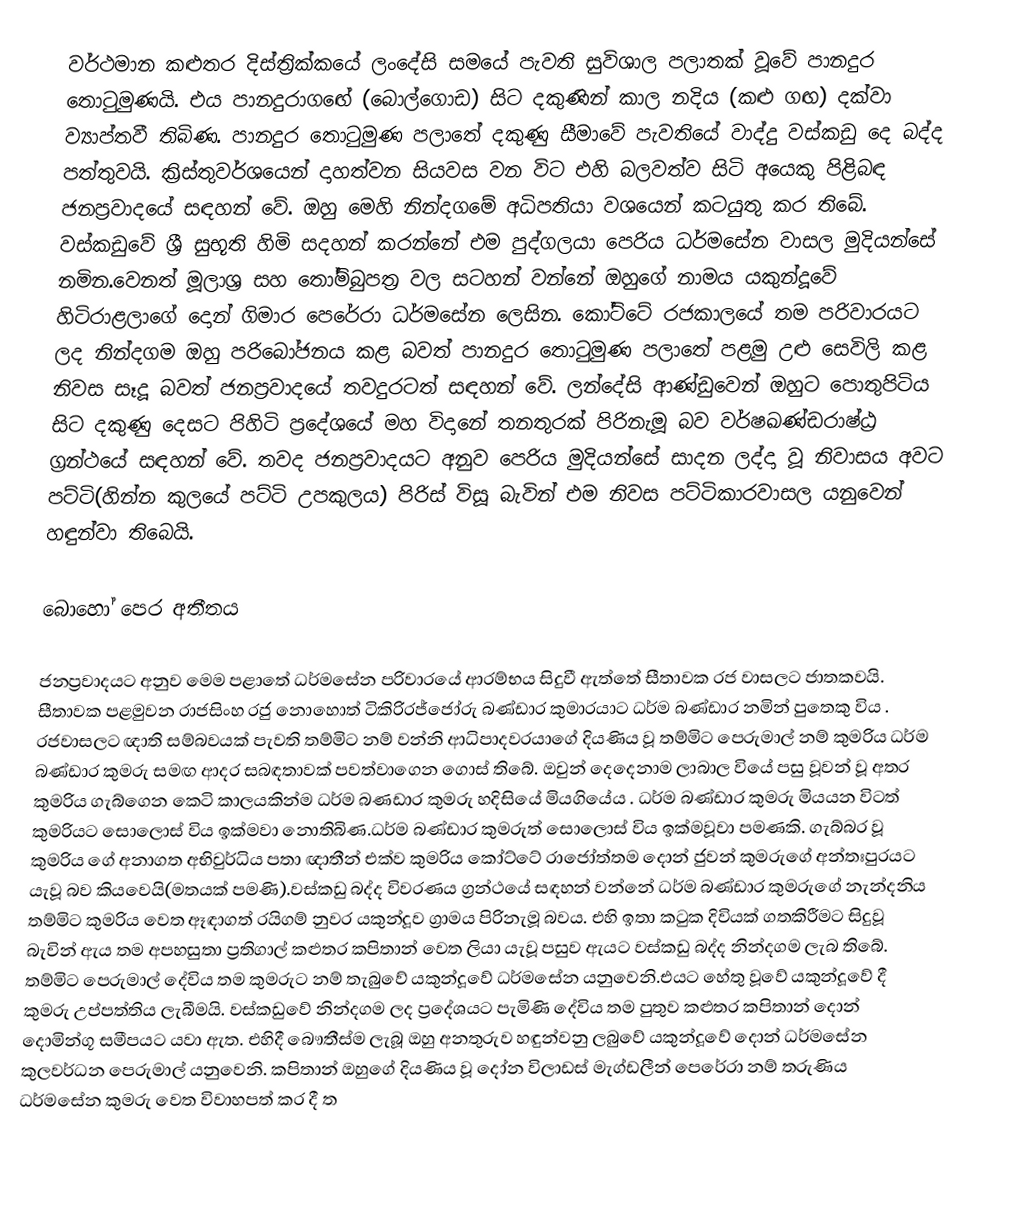
වර්ථමාන කළුතර දිස්ත්‍රික්කයේ ලංදේසි සමයේ පැවති සුවිශාල පලාතක් වූවේ පානදුර තොටුමුණයි. එය පානදුරාගඟේ (බොල්ගොඩ) සිට දකුණින් කාල නදිය (කළු ගඟ) දක්වා ව්‍යාප්තවී තිබිණ. පානදුර තොටුමුණ පලාතේ දකුණු සීමාවේ පැවතියේ වාද්දු වස්කඩු දෙ බද්ද පත්තුවයි. ක්‍රිස්තුවර්ශයෙන් දාහත්වන සියවස වන විට එහි බලවත්ව සිටි අයෙකු පිළිබඳ ජනප්‍රවාදයේ සඳහන් වේ. ඔහු මෙහි නින්දගමේ අධිපතියා වශයෙන් කටයුතු කර තිබේ. වස්කඩුවේ ශ්‍රී සුභූති හිමි සදහන් කරන්නේ එම පුද්ගලයා පෙරිය ධර්මසේන වාසල මුදියන්සේ නමින.වෙනත් මූලාශ්‍ර සහ තෝම්බුපත්‍ර වල සටහන් වන්නේ ඔහුගේ නාමය යකුන්දූවේ හිටිරාළලාගේ දොන් ගිමාර පෙරේරා ධර්මසේන ලෙසින. කෝට්ටේ රජකාලයේ තම පරිවාරයට ලද නින්දගම ඔහු පරිබෝජනය කළ බවත් පානදුර තොටුමුණ පලාතේ පළමු උළු සෙවිලි කළ නිවස සෑදූ බවත් ජනප්‍රවාදයේ තවදුරටත්  සඳහන් වේ. ලන්දේසි ආණ්ඩුවෙන් ඔහුට පොතුපිටිය සිට දකුණු දෙසට පිහිටි ප්‍රදේශයේ මහ විදානේ තනතුරක් පිරිනැමූ බව වර්ෂඛණ්ඩරාෂ්ඨ්‍ර ග්‍රන්ථයේ සඳහන් වේ. තවද ජනප්‍රවාදයට අනුව පෙරිය මුදියන්සේ සාදන ලද්දා වූ නිවාසය අවට පට්ටි(හින්න කුලයේ පට්ටි උපකුලය) පිරිස් විසූ බැවින් එම නිවස පට්ටිකාරවාසල යනුවෙන් හඳුන්වා තිබෙයි.

බොහෝ පෙර අතීතය

ජනප්‍රවාදයට අනුව මෙම පළාතේ ධර්මසේන පරිවාරයේ ආරම්භය සිදුවී ඇත්තේ සීතාවක රජ වාසලට ජාතකවයි. සීතාවක පළමුවන රාජසිංහ රජු නොහොත් ටිකිරිරජ්ජෝරු බණ්ඩාර කුමාරයාට ධර්ම බණ්ඩාර නමින් පුතෙකු විය . රජවාසලට ඥාති සම්බවයක් පැවති තම්මිට නම් වන්නි ආධිපාදවරයාගේ දියණිය වූ තම්මිට පෙරුමාල් නම් කුමරිය ධර්ම බණ්ඩාර කුමරු සමඟ ආදර සබඳතාවක් පවත්වාගෙන ගොස් තිබේ. ඔවුන් දෙදෙනාම ලාබාල වියේ පසු වූවන් වූ අතර කුමරිය ගැබ්ගෙන කෙටි කාලයකින්ම ධර්ම බණඩාර කුමරු හදිසියේ මියගියේය . ධර්ම බණ්ඩාර කුමරු මියයන විටත් කුමරියට  සොලොස් විය ඉක්මවා නොතිබිණ.ධර්ම බණ්ඩාර කුමරුත් සොලොස් විය ඉක්මවූවා පමණකි. ගැබ්බර වූ කුමරිය ගේ අනාගත අභිවුර්ධිය පතා ඥාතීන් එක්ව කුමරිය කෝට්ටේ රාජෝත්තම දොන් ජුවන් කුමරුගේ අන්තඃපුරයට යැවූ බව කියවෙයි(මතයක් පමණි).වස්කඩු බද්ද විවරණය ග්‍රන්ථයේ සඳහන් වන්නේ ධර්ම බණ්ඩාර කුමරුගේ නැන්දනිය තම්මිට කුමරිය වෙත ඈඳාගත් රයිගම් නුවර යකුන්දූව ග්‍රාමය පිරිනැමූ බවය. එහි ඉතා කටුක දිවියක් ගතකිරීමට සිදුවූ බැවින් ඇය තම අපහසුතා ප්‍රතිගාල් කළුතර කපිතාන් වෙත ලියා යැවූ පසුව ඇයට වස්කඩු බද්ද නින්දගම ලැබ තිබේ. තම්මිට පෙරුමාල් දේවිය තම කුමරුට නම් තැබුවේ යකුන්දූවේ ධර්මසේන යනුවෙනි.එයට හේතු වූවේ යකුන්දූවේ දී කුමරු උප්පත්තිය ලැබීමයි. වස්කඩුවේ නින්දගම ලද ප්‍රදේශයට පැමිණි දේවිය තම පුතුව කළුතර කපිතාන් දොන් දොමින්ගූ සමීපයට යවා ඇත. එහිදී බෞතීස්ම ලැබූ ඔහු අනතුරුව හඳුන්වනු ලබුවේ යකුන්දූවේ  දොන් ධර්මසේන කුලවර්ධන පෙරුමාල් යනුවෙනි. කපිතාන් ඔහුගේ දියණිය වූ දෝන විලාඩස් මැග්ඩලීන් පෙරේරා නම් තරුණිය ධර්මසේන කුමරු වෙත විවාහපත් කර දී ත